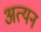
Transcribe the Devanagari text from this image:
अत्यन